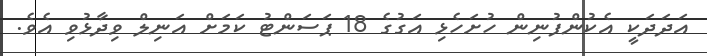
އަދަދަކީ އެކުންފުނިން ހުށަހެޅި އަގުގެ 18 ޕަސަންޓު ކަމަށް އަނިލް ވިދާޅުވި އެވެ.